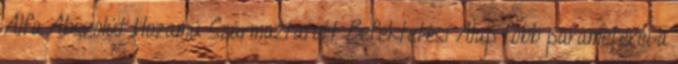
Alfa Abszolút Hozamú Származtatott Befektetési Alap főbb paraméterei a